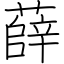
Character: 薛